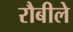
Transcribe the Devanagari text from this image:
रौबीले